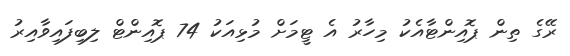
ރޭގެ ތިން ޕޮއިންޓާއެކު މިހާރު އެ ޓީމަށް މުޅިއަކު 74 ޕޮއިންޓް ލިބިފައިވާއިރު